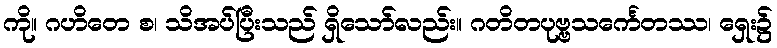
ကို။ ဂဟိတေ စ၊ သိအပ်ပြီးသည် ရှိသော်လည်း။ ဂတိတပုဗ္ဗသင်္ကေတဿ၊ ရှေး၌